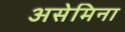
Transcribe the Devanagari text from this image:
असेमिना